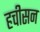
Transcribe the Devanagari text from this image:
हचीसन